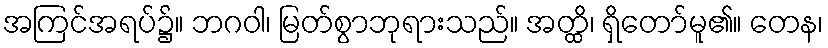
အကြင်အရပ်၌။ ဘဂဝါ၊ မြတ်စွာဘုရားသည်။ အတ္ထိ၊ ရှိတော်မူ၏။ တေန၊